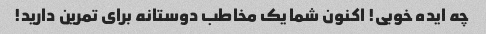
چه ایده خوبی! اکنون شما یک مخاطب دوستانه برای تمرین دارید!